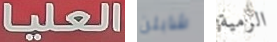
العليا شابلن الرمية